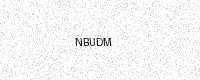
Text: NBUDM